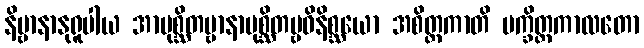
နိဗ္ဗာနာနုရူပါယ အာပုစ္ဆိတဗ္ဗာနာပုစ္ဆိတဗ္ဗဝိနိစ္ဆယော အစိတ္တကာတိ ပက္ခိတ္တကာလတော